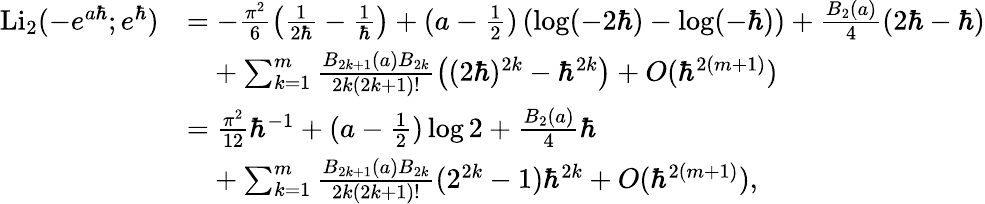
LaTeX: \begin{array}{rl}{\mathrm{Li}_{2}(-e^{a\hbar};e^{\hbar})}&{=-\frac{\pi^{2}}{6}\left(\frac{1}{2\hbar}-\frac{1}{\hbar}\right)+(a-\frac{1}{2})\left(\log(-2\hbar)-\log(-\hbar)\right)+\frac{B_{2}(a)}{4}(2\hbar-\hbar)}\\ &{\phantom{=}+\sum_{k=1}^{m}\frac{B_{2k+1}(a)B_{2k}}{2k(2k+1)!}\bigl((2\hbar)^{2k}-\hbar^{2k}\bigr)+O(\hbar^{2(m+1)})}\\ &{=\frac{\pi^{2}}{12}\hbar^{-1}+(a-\frac{1}{2})\log 2+\frac{B_{2}(a)}{4}\hbar}\\ &{\phantom{=}+\sum_{k=1}^{m}\frac{B_{2k+1}(a)B_{2k}}{2k(2k+1)!}(2^{2k}-1)\hbar^{2k}+O(\hbar^{2(m+1)}),}\end{array}